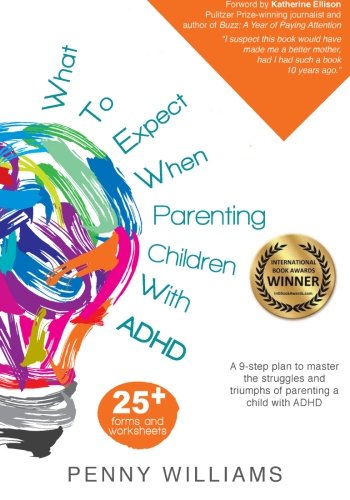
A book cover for What to Expect When Parenting Children with ADHD: A 9-step plan to master the struggles and triumphs of parenting a child with ADHD; Penny Williams; Parenting & Relationships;